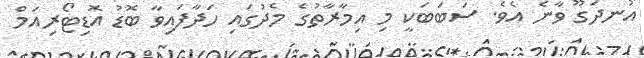
އުނދަގޫ ވާނެ އެވެ. ސަބަބަކީ މި އިމާރާތުގެ މެދުގައި ހަދާފައިވާ ބޮޑު އޮޑިޓޯރިއަމް